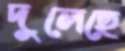
দুলেছে